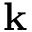
{ \bf k }